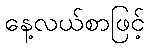
နေ့လယ်စာဖြင့်